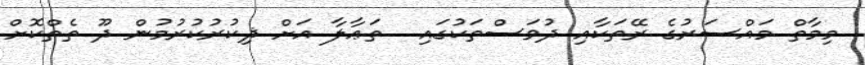
މިމާތް މައްސަރުގެ ރޭތަކާއި ދުވަސްތަކުގައި  ތަޢާލާ އަށް ޛިކުރުކުރުމުން ދޫ ތެތްކޮށް